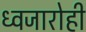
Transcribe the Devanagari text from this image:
ध्वजारोही